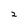
Character: 2